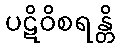
ပဋိဝိစရန္တိ